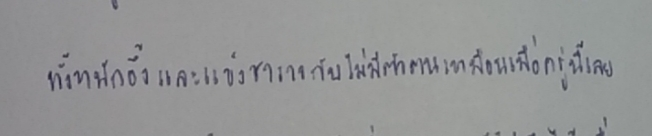
ทั้งหนักอึ้งและแข็งชาราวกับไม่มีตัวตนเหมือนเมื่อครู่นี้เลย